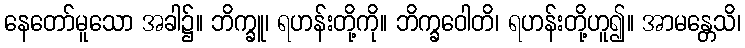
နေတော်မူသော အခါ၌။ ဘိက္ခူ၊ ရဟန်းတို့ကို။ ဘိက္ခဝေါတိ၊ ရဟန်းတို့ဟူ၍။ အာမန္တေသိ၊